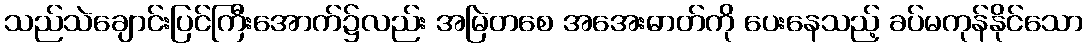
သည်သဲချောင်းပြင်ကြီးအောက်၌လည်း အမြဲတစေ အအေးဓာတ်ကို ပေးနေသည့် ခပ်မကုန်နိုင်သော